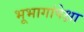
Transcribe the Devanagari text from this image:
भूभागांपेक्षा